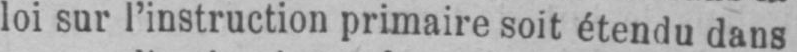
loi sur l’instruction primaire soit étendu dans